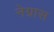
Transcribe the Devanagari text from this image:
नेग्रास